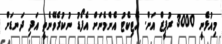
މިއުޅެނީ 3000 ރުޕީޒް އަށް. އެޓިކެޓު އެންމެނަށް އެފޯޑު ނުކުރެވޭނެތީ އަދި ދަނޑަށް